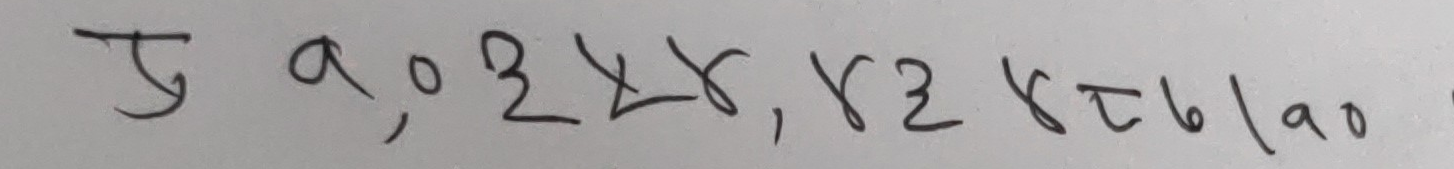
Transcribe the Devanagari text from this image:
टु  a ,०३५४, ४३ र८७la०।